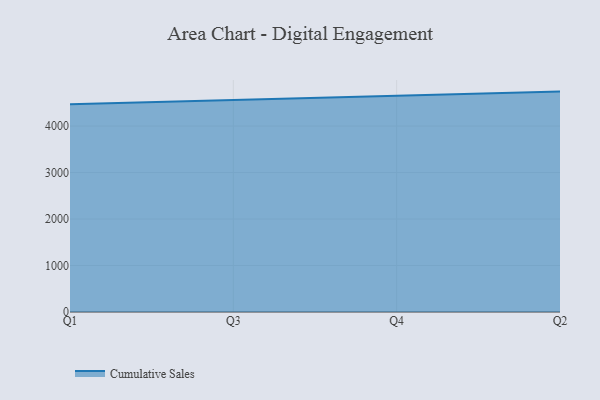
{"axis": {"x": "Quarter", "y": "Bounce Rate (%)"}, "legend": ["Cumulative Sales"], "data": [{"x": "Q1", "y": 4466.7, "type": "Cumulative Sales"}, {"x": "Q3", "y": 4555.5, "type": "Cumulative Sales"}, {"x": "Q4", "y": 4650.5, "type": "Cumulative Sales"}, {"x": "Q2", "y": 4741.3, "type": "Cumulative Sales"}]}